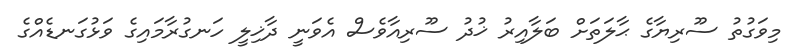
މިވަގުތު ސޫރިޔާގެ ޙާލަތަށް ބަލާއިރު ޚުދު ސޫރިއާވެސް އެވަނީ ދާޚިލީ ހަނގުރާމައިގެ ވަޅުގަނޑެއްގެ